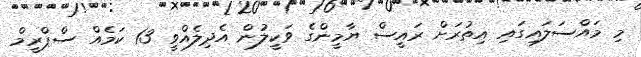
މި މައްސަލައިގައި އިތުރަށް ރައީސް ޔާމީންގެ ވަކީލުން އެދިލެއްވީ 13 ކަމެއް ސްޕްރީމް